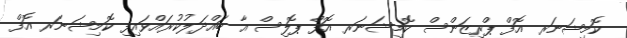
ކޮމިޝަނަރ އޮފް ޕްރިޒަންސް ކޮމިޝަނަރ އޮފް ޕޮލިސް އާ ބައްދަލުކުރައްވައިފި ކޮމިޝަނަރ އޮފް